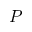
P